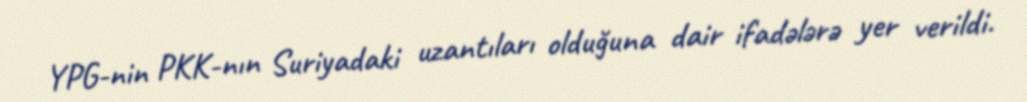
YPG-nin PKK-nın Suriyadaki uzantıları olduğuna dair ifadələrə yer verildi.